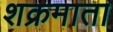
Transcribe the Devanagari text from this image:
शक्रमाता